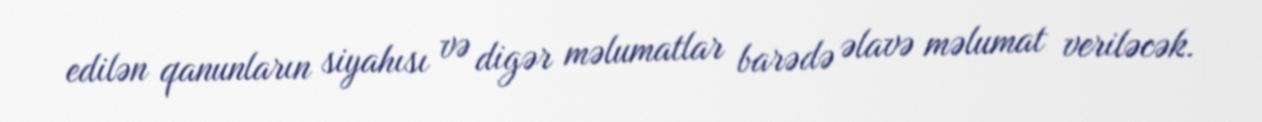
edilən qanunların siyahısı və digər məlumatlar barədə əlavə məlumat veriləcək.